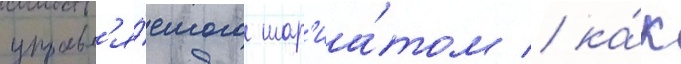
управл'я́емого шар'иа́том / ка́к